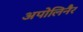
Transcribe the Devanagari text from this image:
अपोलिनैर